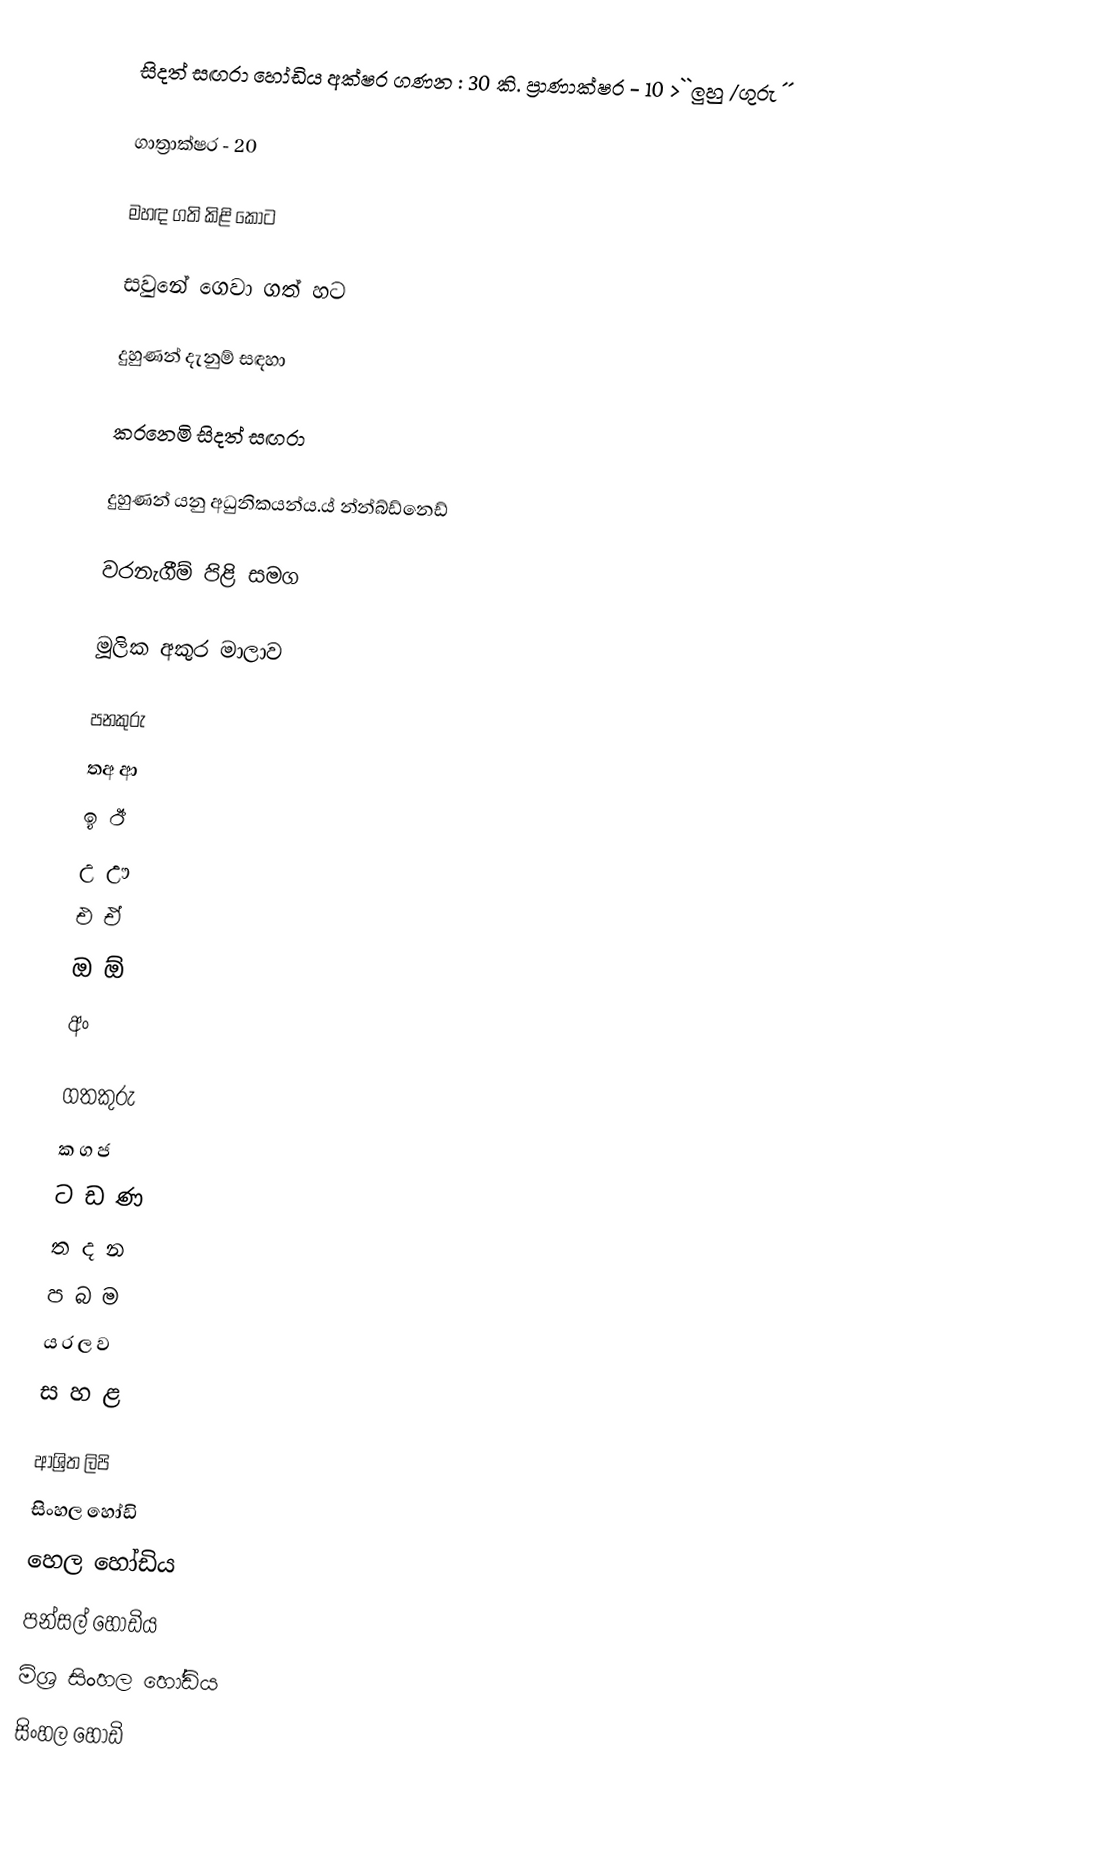
සිදත් සඟරා හෝඩිය අක්ෂර ගණන : 30 කි.           ප්‍රාණාක්ෂර - 10 >``ලුහු /ගුරු ´´

ගාත්‍රාක්ෂර - 20

මහඳ ගති කිළි            කොට

සවුනේ ගෙවා ගත්          හට

දුහුණන් දැනුම්             සඳහා

කරනෙමි සිදත්            සඟරා

දුහුණන් යනු අධුනිකයන්ය.ය් න්න්බ්ඩ්නෙඩ්

වරනැගීම් පිළි සමග

මූලික අකුර මාලාව

පනකුරු
තඅ ආ
ඉ ඊ
උ ඌ
එ ඒ
ඔ ඕ
අං

ගතකුරු
ක ග ජ
ට ඩ ණ
ත ද න
ප බ ම
ය ර ල ව
ස හ ළ

ආශ්‍රිත ලිපි
 සිංහල හෝඩි
 හෙල හෝඩිය
 පන්සල් හෝඩිය
 මිශ්‍ර සිංහල හෝඩිය
සිංහල හෝඩි